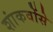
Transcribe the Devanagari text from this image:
शांकवोंसे